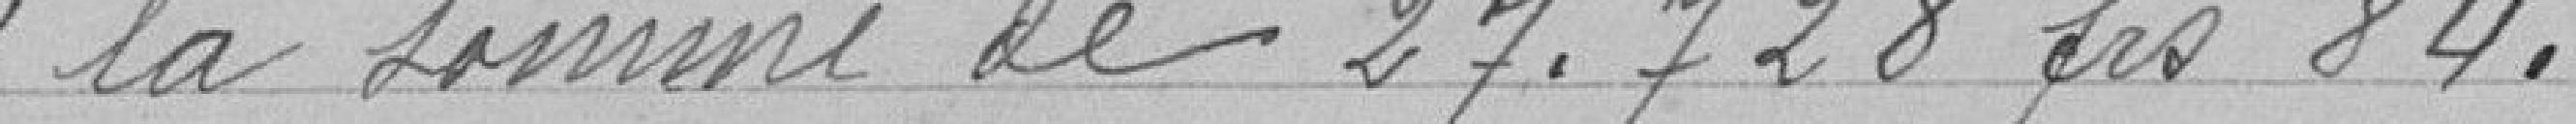
" la somme de 27 728,84 francs.